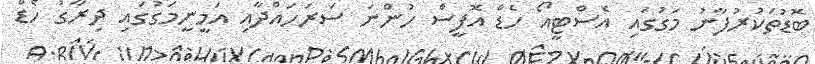
ބޮޑުތަކުރުފާނު މަގުގައި އެސްޓީއޯ ހެޑް އޮފީސް ހުންނަ ސަރަހައްދާއި އަމީނީމަގުގައި ދިރާގު ހެޑް